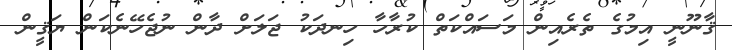
ޤާނޫނީ އިމުގެ ތެރެއިން މަސައްކަތް ކުރާހާ ހިނދަކު ޖަލަށް ދާން ނުޖެހޭނެކަން ޔަޤީން